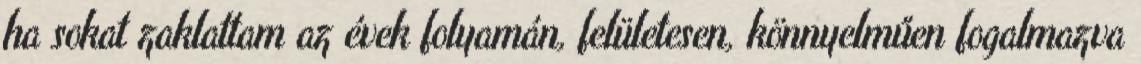
ha sokat zaklattam az évek folyamán, felületesen, könnyelműen fogalmazva